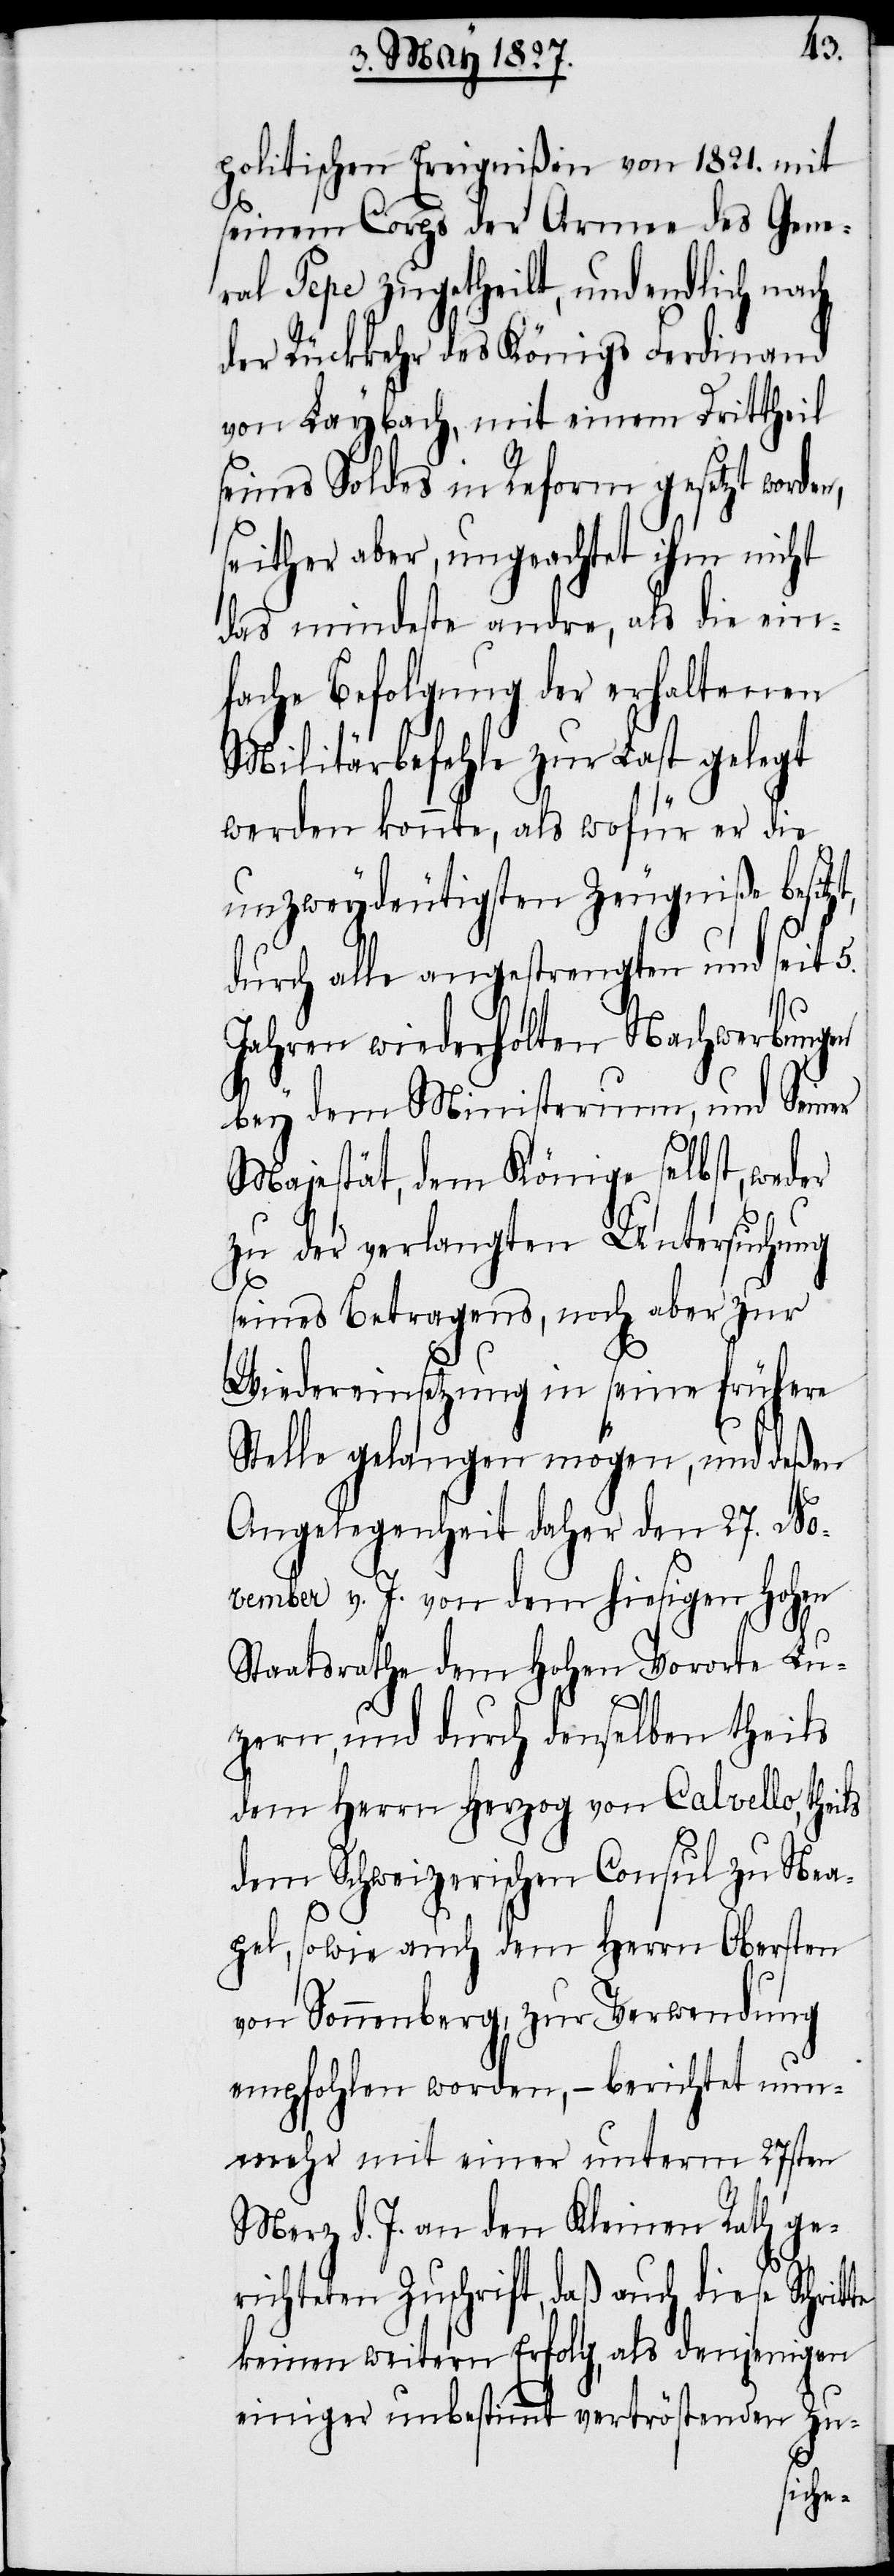
politischen Ereignißen von 1821. mit
seinem Corps der Armee des Gene¬
ral Pepe zugetheilt, und endlich nach
der Rückkehr des Königs Ferdinand
von Laybach, mit einem Drittheil
seines Soldes in Reform gesetzt worde¬
seither aber, ungeachtet ihm nicht
das mindeste andre, als die ein¬
fache Befolgung der erhaltenen
Militärbefehle zur Last gelegt
werden konnte. als wofür er die
unzweydeutigsten Zeugniße besitz¬
durch alle angestrengten und seit 5.
Jahren wiederholten Nachwerbungen
bey dem Ministerium, und Seiner
Majestät, dem Könige selbst, weder
zu der verlangten Untersuchung
seines Betragens, noch aber zur
Wiedereinsetzung in seine frühere
Stelle gelangen mögen, und deßen
Angelegenheit daher den 27. No¬
vember v. J. vor dem hiesigen Hohen
Staatsrathe dem Hohen Vororte Lu¬
zern, und durch denselben theils
dem Herrn Herzog von Calvello, theils
dem Schweizerischen Consul zu Nea¬
pel, sowie auch dem Herrn Obersten
von Sonnenberg, zur Verwendung
empfohlen worden, – berichtet nun¬
mehr mit einer unterm 27sten
Merz d. J. an den Kleinen Rath ge¬
richteten Zuschrift, daß auch diese
keinen weitern Erfolg, als denjenigen
einiger unbestimmt verströstenden Zu-
t,